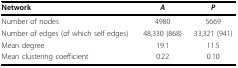
<table><thead><tr><td><b>Network</b></td><td><b><i>A</i></b></td><td><b><i>P</i></b></td></tr></thead><tbody><tr><td>Number of nodes</td><td>4980</td><td>5669</td></tr><tr><td>Number of edges (of which self edges)</td><td>48,330 (868)</td><td>33,321 (941)</td></tr><tr><td>Mean degree</td><td>19.1</td><td>11.5</td></tr><tr><td>Mean clustering coefficient</td><td>0.22</td><td>0.10</td></tr></tbody></table>